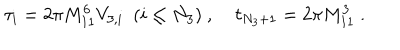
LaTeX: \tau _ { i } = { 2 \pi M _ { 1 1 } ^ { 6 } V _ { 3 , i } } \ \ ( i \leq N _ { 3 } ) \ , \quad \tau _ { N _ { 3 } + 1 } = { 2 \pi M _ { 1 1 } ^ { 3 } } \ .